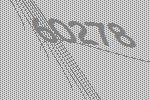
60278